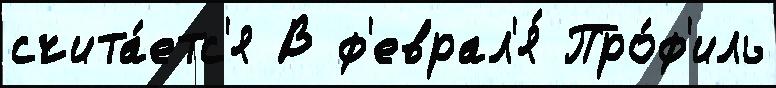
счита́етс'я В ф'еврал'я́ Про́ф'иль